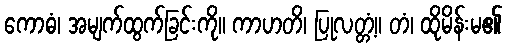
ကောဓံ၊ အမျက်ထွက်ခြင်းကို။ ကာဟတိ၊ ပြုလတ္တံ့။ တံ၊ ထိုမိန်းမ၏